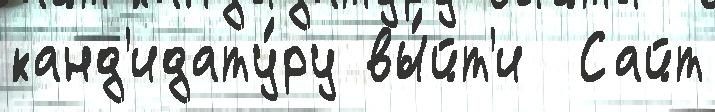
канд'идату́ру вы́йт'и  Сайт